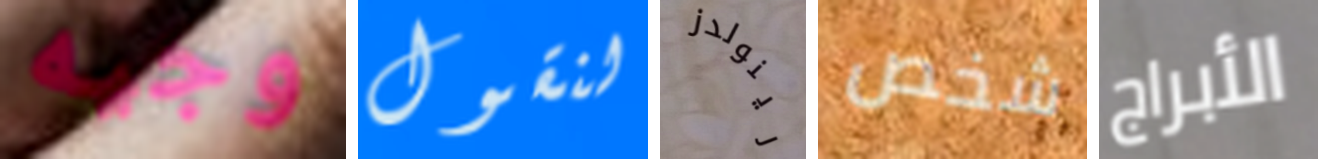
وجيه لنقول رينولدز شخص الأبراج